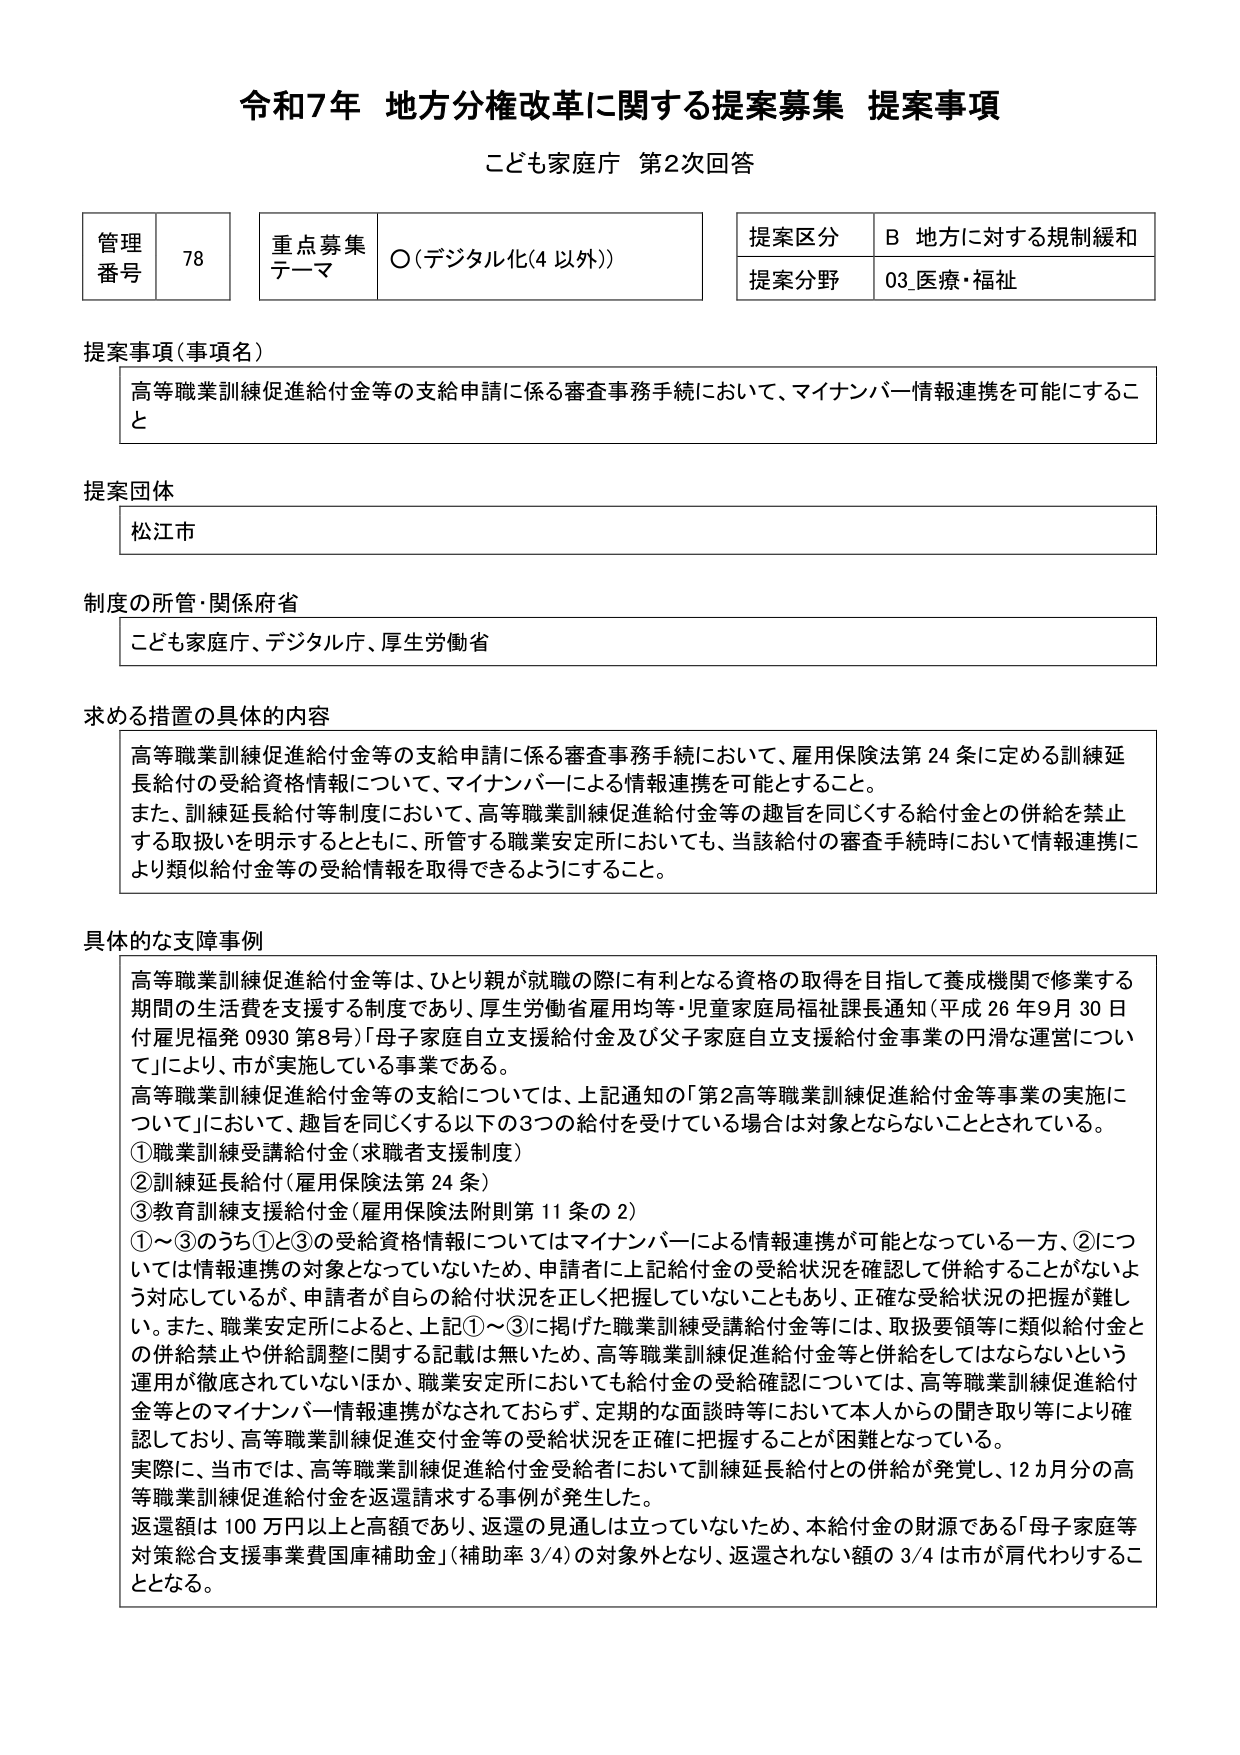
令和7年 地方分権改革に関する提案募集 提案事項
こども家庭庁 第2次回答

管理番号 78
重点募集テーマ ○（デジタル化（4 以外））
提案区分 B 地方に対する規制緩和
提案分野 03_医療・福祉

提案事項（事項名）
高等職業訓練促進給付金等の支給申請に係る審査事務手続において、マイナンバー情報連携を可能にすること

提案団体
松江市

制度の所管・関係府省
こども家庭庁、デジタル庁、厚生労働省

求める措置の具体的内容
高等職業訓練促進給付金等の支給申請に係る審査事務手続において、雇用保険法第24条に定める訓練延長給付の受給資格情報について、マイナンバーによる情報連携を可能とすること。
また、訓練延長給付等制度において、高等職業訓練促進給付金等の趣旨を同じくする給付金との併給を禁止する取扱いを明示するとともに、所管する職業安定所においても、当該給付の審査手続時において情報連携により類似給付金等の受給情報を取得できるようにすること。

具体的な支障事例
高等職業訓練促進給付金等は、ひとり親が就職の際に有利となる資格の取得を目指して養成機関で修業する期間の生活費を支援する制度であり、厚生労働省雇用均等・児童家庭局福祉課長通知（平成26年9月30日付雇児福発0930第8号）「母子家庭自立支援給付金及び父子家庭自立支援給付金事業の円滑な運営について」により、市が実施している事業である。
高等職業訓練促進給付金等の支給については、上記通知の「第2高等職業訓練促進給付金等事業の実施について」において、趣旨を同じくする以下の3つの給付を受けている場合は対象とならないこととされている。
①職業訓練受講給付金（求職者支援制度）
②訓練延長給付（雇用保険法第24条）
③教育訓練支援給付金（雇用保険法附則第11条の2）
①～③のうち①と③の受給資格情報についてはマイナンバーによる情報連携が可能となっている一方、②については情報連携の対象となっていないため、申請者に上記給付金の受給状況を確認して併給することがないよう対応しているが、申請者が自らの給付状況を正しく把握していないこともあり、正確な受給状況の把握が難しい。また、職業安定所によると、上記①～③に掲げた職業訓練受講給付金等には、取扱要領等に類似給付金との併給禁止や併給調整に関する記載は無いため、高等職業訓練促進給付金等と併給をしてはならないという運用が徹底されていないほか、職業安定所においても給付金の受給確認については、高等職業訓練促進給付金等とのマイナンバー情報連携がなされておらず、定期的な面談時等において本人からの聞き取り等により確認しており、高等職業訓練促進交付金等の受給状況を正確に把握することが困難となっている。
実際に、当市では、高等職業訓練促進給付金受給者において訓練延長給付との併給が発覚し、12カ月分の高等職業訓練促進給付金等を返還請求する事例が発生した。
返還額は100万円以上と高額であり、返還の見通しは立っていないため、本給付金の財源である「母子家庭等対策総合支援事業費国庫補助金」（補助率3/4）の対象外となり、返還されない額の3/4は市が肩代わりすることとなる。